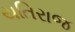
યતિરાજ